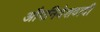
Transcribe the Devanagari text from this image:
औपनिवेशवादी